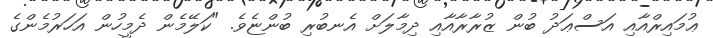
ޢުމައިރްއާއި އަސްޢަދު ބުން ޒުރާރާއާއި ދިމާލަށް އެނބުރި ބުންޏެވެ. "ކަލޭމެން ދެމީހުން އަހަރުމެންގެ